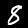
Digit: 8